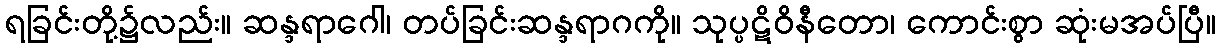
ရခြင်းတို့၌လည်း။ ဆန္ဒရာဂေါ၊ တပ်ခြင်းဆန္ဒရာဂကို။ သုပ္ပဋိဝိနီတော၊ ကောင်းစွာ ဆုံးမအပ်ပြီ။